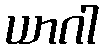
ယာဂါ